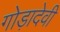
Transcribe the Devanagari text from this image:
गोड़ादेवी